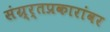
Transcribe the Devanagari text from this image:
संग्र्र्तप्रकारांवर